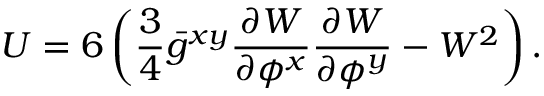
U = 6 \left( \frac { 3 } { 4 } \bar { g } ^ { x y } \frac { \partial { W } } { \partial { \phi ^ { x } } } \frac { \partial { W } } { \partial { \phi ^ { y } } } - W ^ { 2 } \right) .